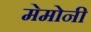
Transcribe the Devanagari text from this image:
मेमोनी